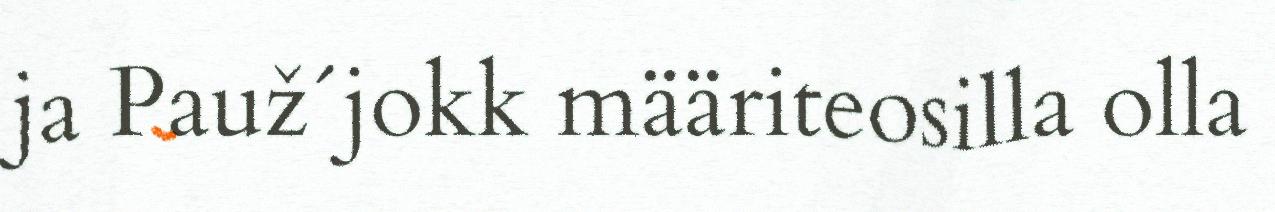
ja Pauž´jokk määriteosilla olla